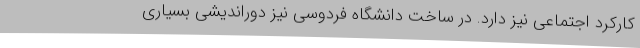
کارکرد اجتماعی نیز دارد. در ساخت دانشگاه فردوسی نیز دوراندیشی بسیاری